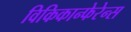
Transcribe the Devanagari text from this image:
विकिकान्फेरेन्स